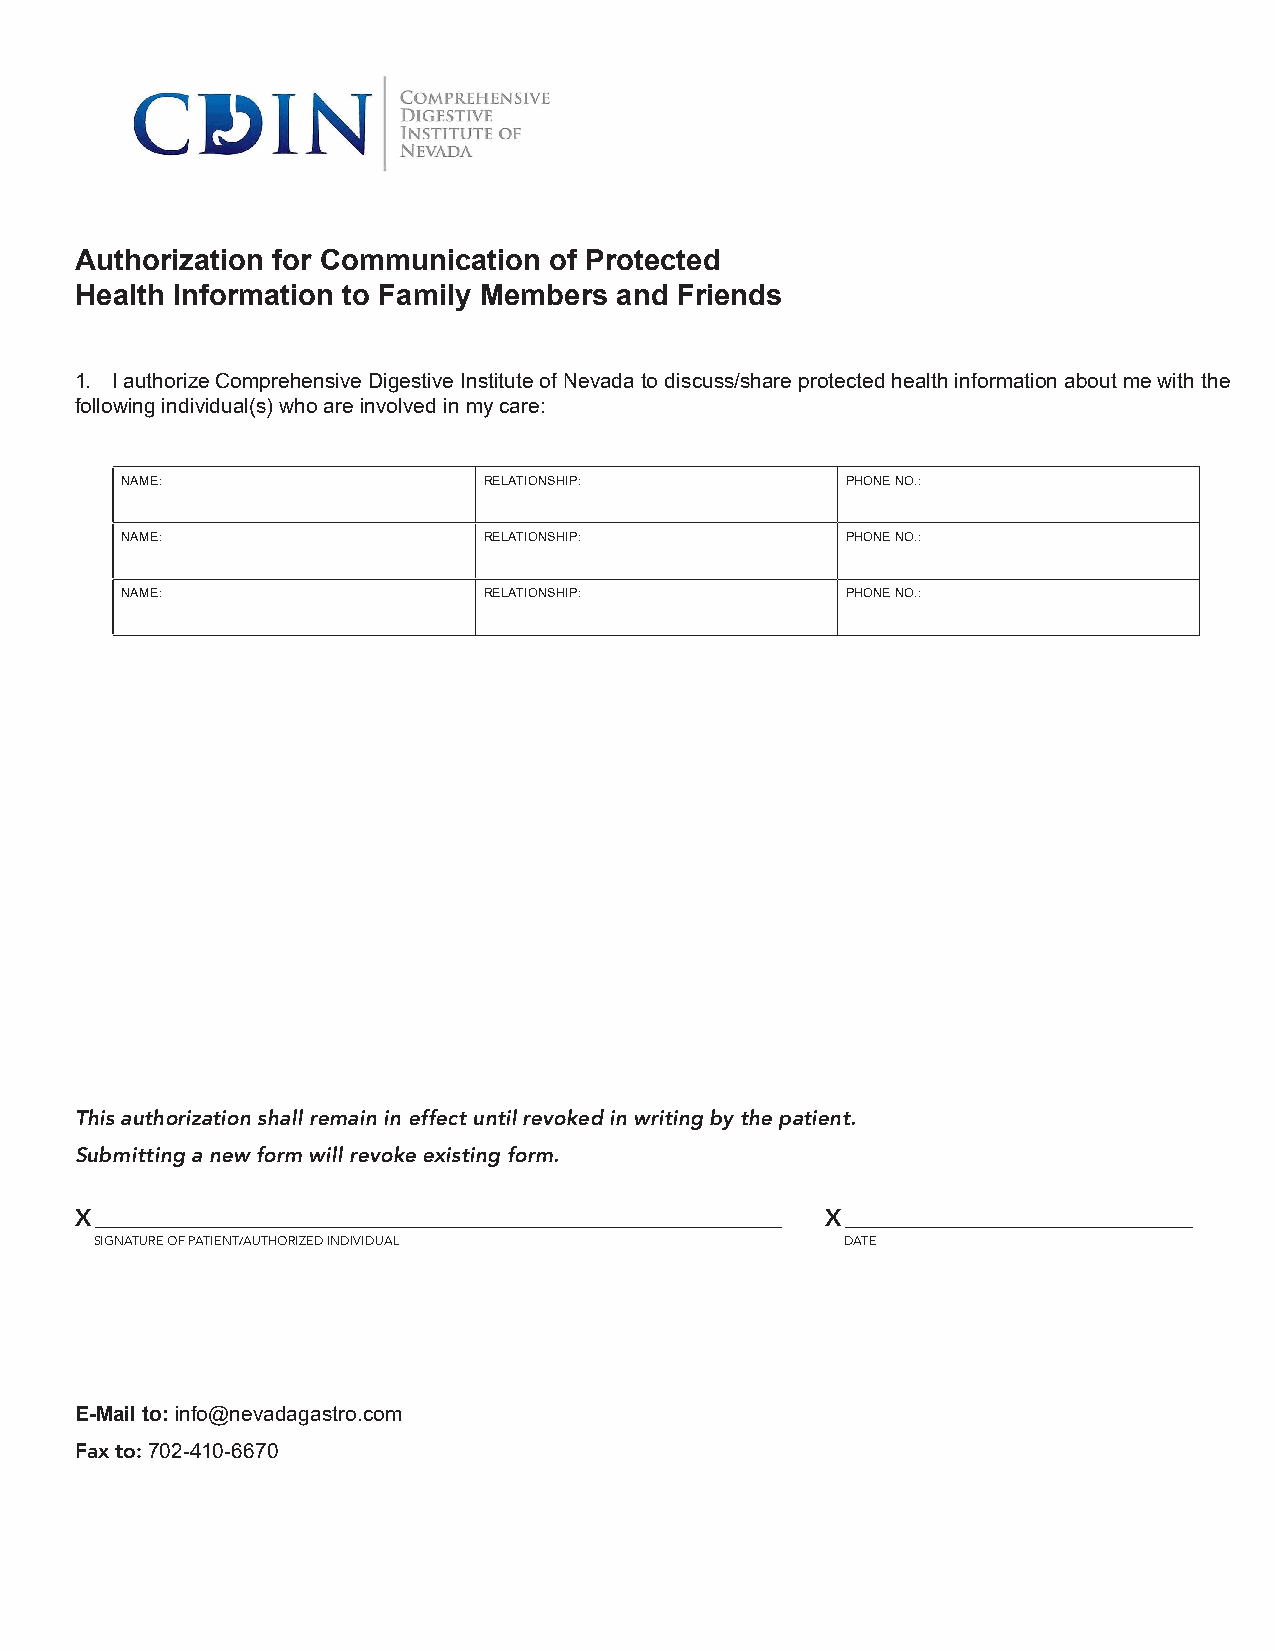
Authorization for Communication of Protected
 Health Information to Family Members and Friends
 1. I authorize Comprehensive Digestive Institute of Nevada to discuss/share protected health information about me with the
 following individual(s) who are involved in my care:
 NAME:                   RELATIONSHIP:           PHONE NO.:
 NAME:                   RELATIONSHIP:           PHONE NO.:
 NAME:                   RELATIONSHIP:           PHONE NO.:
 This authorization shall remain in effect until revoked in writing by the patient.
 Submitting a new form will revoke existing form.
 X ��������������������������������������������������������������������� X �����������������������������������
 SIGNATURE OF PATIENT/AUTHORIZED INDIVIDUAL        DATE
 E-Mail to: info@nevadagastro.com
 Fax to: 702-410-6670